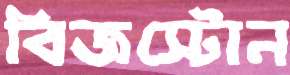
বিজস্টোন